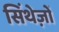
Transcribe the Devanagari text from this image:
सिंथेज़ों